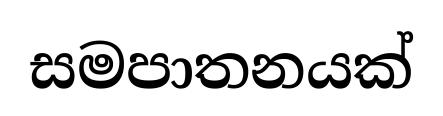
සමපාතනයක්